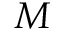
M